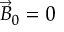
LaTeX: { \vec { B } } _ { 0 } = 0